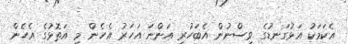
އެކަމަކު އަޅުގަނޑުގެ ވިސްނުން އެބަހުރި އަންނަ އަހަރު އެހެން މި އަތޮޅުގެ އެހެން